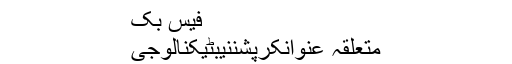
فیس بک
متعلقہ عنوانکرپشننیبٹیکنالوجی